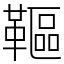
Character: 䩽